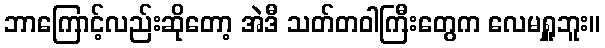
ဘာကြောင့်လည်းဆိုတော့ အဲဒီ သတ်တဝါကြီးတွေက လေမရှူဘူး။